Report of the King Institute of Preventive Medicine, Guindy
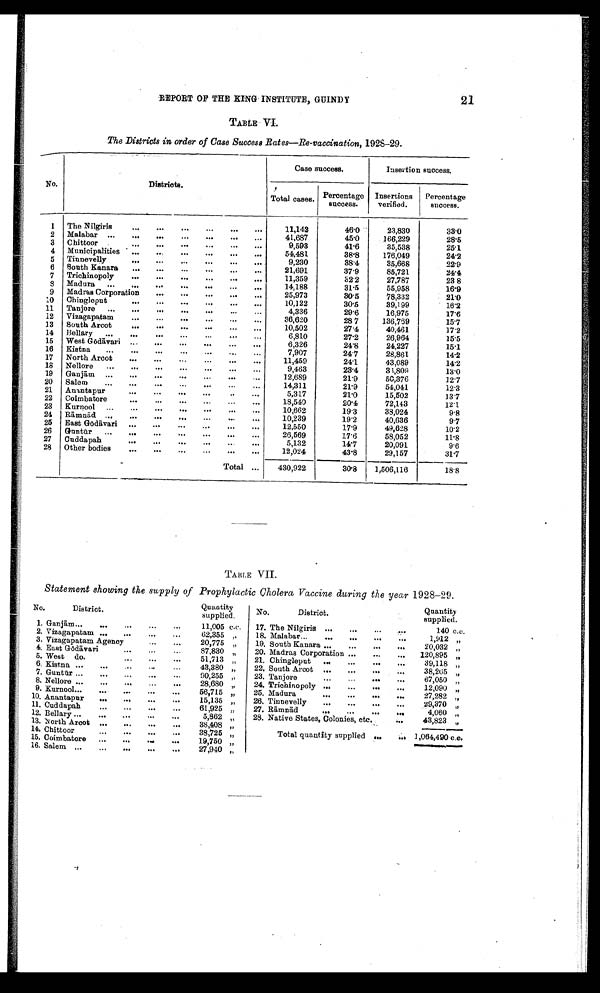
REPORT OF THE KING INSTITUTE, GUINDY
21
TABLE VI.
The Districts in order of Case Success Rates—Re-vaccination, 1928-29.
Case success.
Insertion success.
No.
Districts.
Total cases.
Percentage
success.
Insertions
verified,
Percentage
success.
1
The Nilgiris
...
...
...
. . .
. . .
. . .
11,142
46.0
23,830
33.0
2
Malabar ...
...
.
...
...
...
...
41,687
45.0
166,229
28.5
3
Chittoor .
...
...
...
...
...
. . .
9,593
41.6
35,538
25.1
4
Municipalities
. . . .
. . .
. . .
. . .
. . .
. . .
54,481
38.8
176,049
24.2
5
Tinnevelly
..
...
...
...
...
. . .
9,230
38.4
35,668
22.9
6
South Kanara
...
...
...
...
...
...
21,691
37.9
85,721
24.4
7
Trichinopoly
...
...
...
. .
11,359
32.2
27,787
23.8
8
Madura
...
...
...
...
...
...
...
14,188
31.5
55,958
16.9
9
Madras Corporation
...
...
...
...
...
25,973
30.5
78,332
21.0
10
Chingleput
...
...
...
...
. . .
10,122
30.5
39,199
16.2
11
Tanjore
...
...
..
...
...
. . .
4,336
29.6
16,975
17.6
12
Vizagapatam
...
...
...
...
...
...
36,620
28.7
136,769
15.7
13
South Arcot
...
...
...
...
...
..
10,502
27.4
40,461
17.2
14
Bellary
...
...
...
...
...
...
...
6,810
27.2
26,964
15.5
15
West Gōdā vari ...
...
...
...
.
...
6,326
24.8
24,227
15.1
16
Kistna
...
...
.
...
...
...
...
7,907
24.7
28,861
14.2
17
North Arcot
...
...
...
...
...
...
11,459
24.1
43,089
14.2
18
Nellore
...
...
...
...
...
...
...
9,463
23.4
33,809
13.0
19
Ganjā m. ...
...
...
...
_
...
...
12,689
21.9
50,376
12.7
20
Salem
...
...
...
...
...
...
...
14,311
21.9
54,041
12.3
21
Anantapur
...
...
...
...
..
...
5,317
21.0
15,502
1 3 . 7
22
Coimbatore
...
...
...
...
...
. . .
18,540
20.4
72,143
12.1
23
Kurnool ...
...
...
...
...
. . .
10,662
19.3
38,024
9.8
24
Rā mnā d ...
.
...
...
...
..
...
10,239
19.2
40,636
9.7
25
East Gōdā vari
...
...
...
...
...
...
12,550
17.9
49,628
10.2
26
Guntū r
...
...
...
...
...
...
. . .
26,569
17.6
58,052
11.8
27
Cuddapah
...
.-
...
...
...
5,132
14.7
20,091
9.6
28
Other bodies
...
...
...
...
...
...
12,024
43.8
29,157
31.7
Total ...
430,922
30.8
1,506,116
18.8
TABLE VII.
Statement showing the supply of Prophylactic Cholera Vaccine during the year 1928-29.
No.
District.
Quantity
supplied.
No.
District.
Quantity
supplied.
1, Ganjā m...
...
...
...
...
11,005 c.c.
17. The Nilgiris ...
...
...
...
140 c.c.
2. Vizagapatam ...
...
...
...
3. Vizagapatam Agency
...
...
62,355
20,775
,,
„
18. Malabar...
...
...
...
...
19. South Kanara ...
...
...
...
1,912 „
20,032 „
4. East Gōdā vari
...
...
...
87,830 „
20. Madras Corporation ...
...
...
120,895 „
5. West do.
...
51,713 „
21. Chingleput
...
...
...
...
39,118 ,,
6. Kistna ...
...
43,380 „
22. South Arcot ...
...
...
...
38,265 „
7. Guntū r ...
...
..,
-
...
90,255 ,,
23. Tanjore
...
...
...
67,050 „
8. Nellore ...
...
...
...
28,680 „
24, Trichinopoly ...
...
...
...
12,090 „
9. Kurnool...
...
...
...
...
56,715 „
25. Madura
...
...
...
...
27,282 „
10. Anantapur
...
...
...
...
15,135 „
26. Tinnevelly
...
...
...
...
29,370 „
11. Cuddapah
...
...
...
...
61,925 „
27. Rā mnā d
4,060 „
12, Bellary ...
...
...
...
5,862 „
28. Native States, Colonies, etc..
...
43,823 „
13. North Arcot ...
...
...
...
38,408 „
14. Chittoor
. .. ... ... „.
38,725 „
Total quantity supplied
1,064,490 c.c.
15. Coimbatore
.
..
...
19,750 „
16. Salem ...
...
..
...
27,940 „